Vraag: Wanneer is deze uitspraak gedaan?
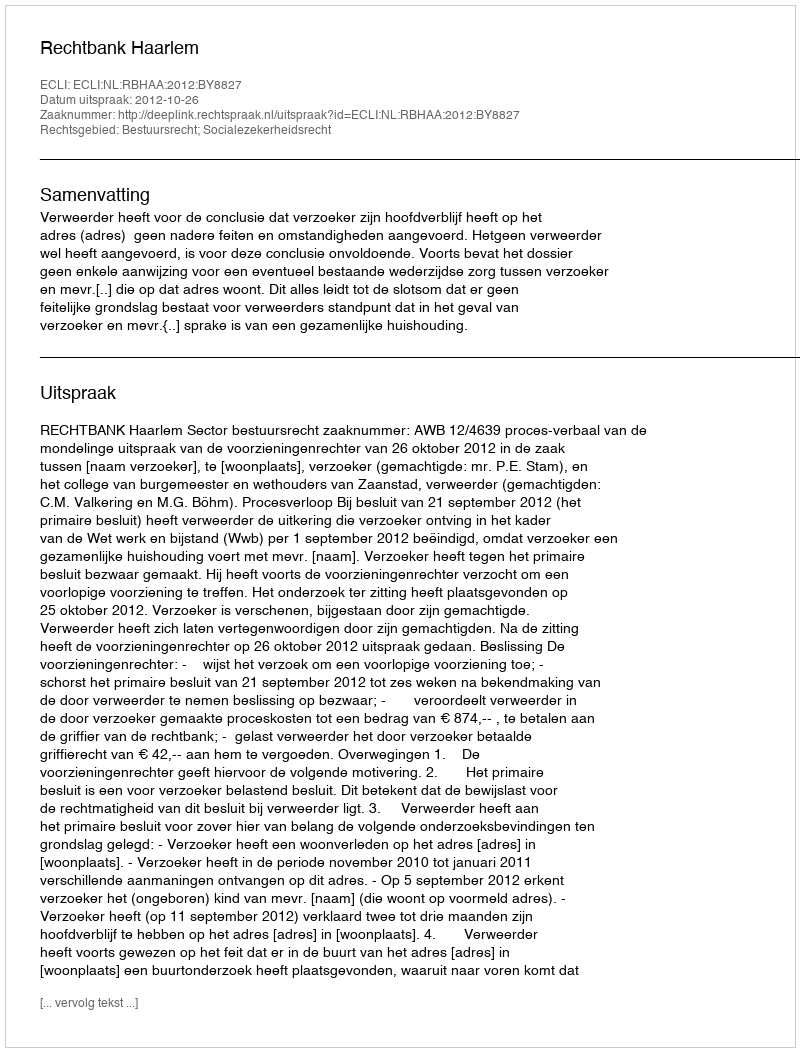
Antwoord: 2012-10-26